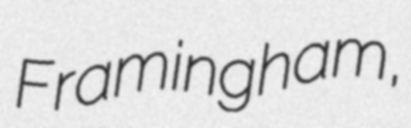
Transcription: Framingham,